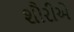
શૌરીએ